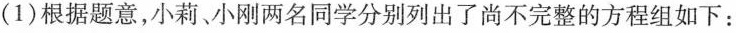
(1)根据题意，小莉、小刚两名同学分别列出了尚不完整的方程组如下：